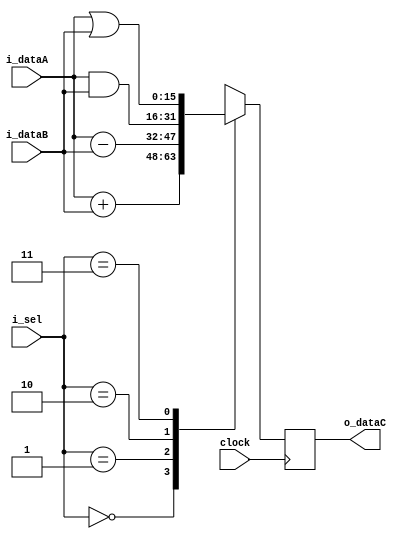
// Toplevel del ejercicio 2 GP01
//! @title Top level del ejercicio 2
//! @file ej_2.v
//! @author MartinE

// Definiciones

module top_ej_2
#(
    parameter NB_DATA = 16
)
(
    output  [NB_DATA-1 : 0]     o_dataC,
    input   [NB_DATA-1 : 0]     i_dataA,
    input   [NB_DATA-1 : 0]     i_dataB,
    input   [1 : 0]             i_sel,
    input                       clock
);  //! Top level del ejercicio 2

//Definicin de cables y reg

reg     [NB_DATA-1 : 0]    reg_operacion;
reg     [NB_DATA-1 : 0]    reg_o_dataC;

always @(*) begin
    case (i_sel)
        2'b00:  reg_operacion = i_dataA + i_dataB;
        2'b01:  reg_operacion = i_dataA - i_dataB;
        2'b10:  reg_operacion = i_dataA & i_dataB;
        2'b11:  reg_operacion = i_dataA | i_dataB;
    endcase
end

always @(posedge clock) begin
      reg_o_dataC = reg_operacion;
end

assign o_dataC = reg_o_dataC;

endmodule